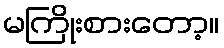
မကြိုးစားတော့။